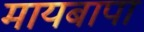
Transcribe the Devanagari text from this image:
मायबापा